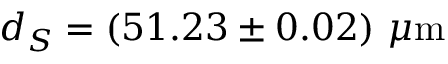
d _ { S } = ( 5 1 . 2 3 \pm 0 . 0 2 ) ~ \mu \mathrm { m }